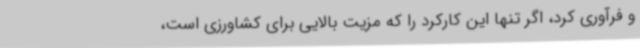
و فرآوری کرد، اگر تنها این کارکرد را که مزیت بالایی برای کشاورزی است،